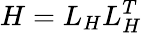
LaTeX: H=L_{H}L_{H}^{T}